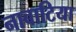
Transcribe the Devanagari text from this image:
नाबाटिया